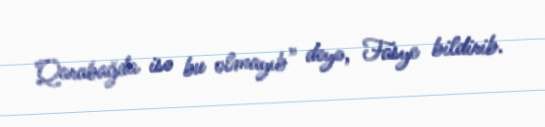
Qarabağda isə bu olmayıb” deyə, Fasye bildirib.